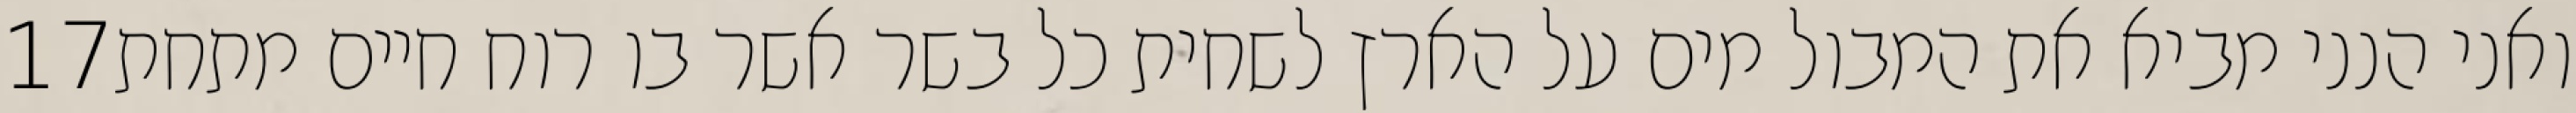
‎17‏ ואני הנני מביא את המבול מים על הארץ לשחית כל בשר אשר בו רוח חיים מתחת